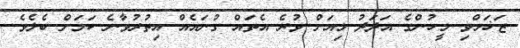
ޒަޚަމްވި މީހުންގެ އަދަދު މިއަށް ވުރެ އެތައް ގުނައެއް އިތުރުވާނެ ކަމަށް ބެލެވެ